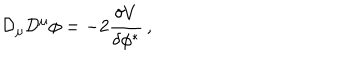
LaTeX: { \cal D } _ { \mu } { \cal D } ^ { \mu } \phi = - 2 { \frac { \delta V } { \delta \phi ^ { * } } } \, ,